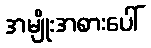
အမျိုးအစားပေါ်